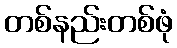
တစ်နည်းတစ်ဖုံ